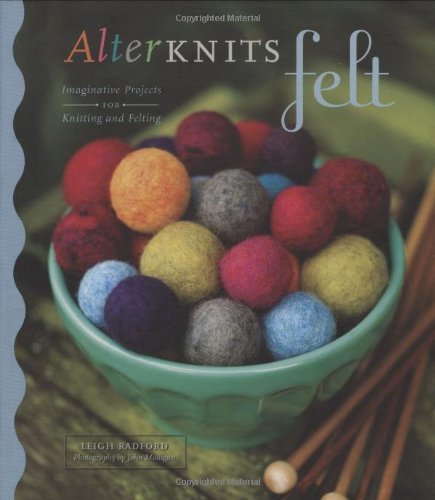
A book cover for AlterKnits Felt: Imaginative Projects for Knitting & Felting; Leigh Radford; Crafts, Hobbies & Home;